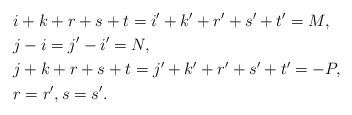
LaTeX: \begin{align*}&i+k+r+s+t=i'+k'+r'+s'+t'=M,\\&j-i=j'-i'=N,\\&j+k+r+s+t=j'+k'+r'+s'+t'=-P,\\&r=r', s=s'.\end{align*}